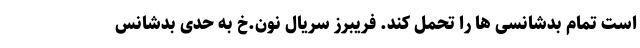
است تمام بدشانسی ها را تحمل کند. فریبرز سریال نون.خ به حدی بدشانس